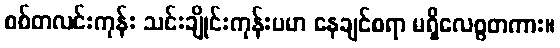
စစ်တလင်းကုန်း သင်းချိုင်းကုန်းပမာ နေချင်စရာ မရှိလေစွတကား။